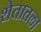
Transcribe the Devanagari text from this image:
शेतातला